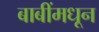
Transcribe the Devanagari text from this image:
बाबींमधून